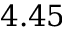
4 . 4 5